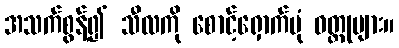
အသက်စွန့်၍ သီလကို စောင့်ရှောက်ပုံ ဝတ္ထုများ။